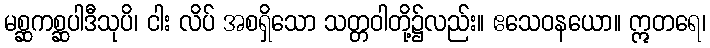
မစ္ဆကစ္ဆပါဒီသုပိ၊ ငါး လိပ် အစရှိသော သတ္တဝါတို့၌လည်း။ ဧသေဝနယော။ ဣတရေ၊